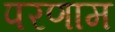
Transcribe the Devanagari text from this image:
परणाम